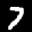
Label: 7